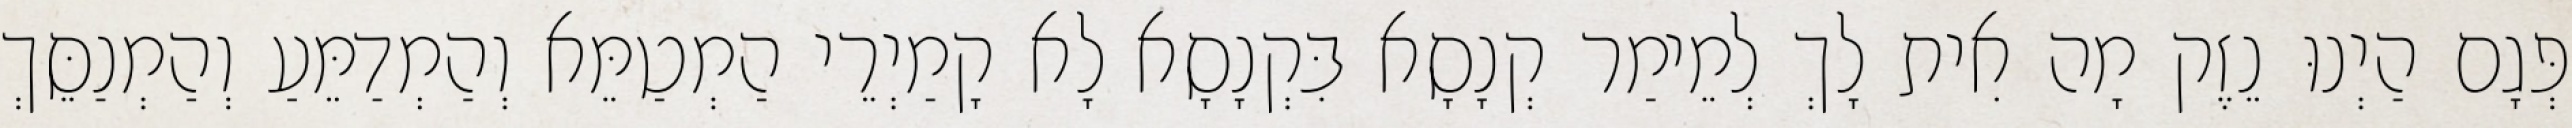
פְּגָם הַיְנוּ נֵזֶק מָה אִית לָךְ לְמֵימַר קְנָסָא בִּקְנָסָא לָא קָמַיְרֵי הַמְטַמֵּא וְהַמְדַמֵּעַ וְהַמְנַסֵּךְ